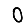
Digit: 0